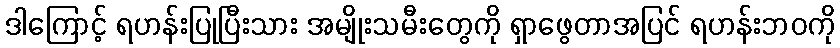
ဒါကြောင့် ရဟန်းပြုပြီးသား အမျိုးသမီးတွေကို ရှာဖွေတာအပြင် ရဟန်းဘဝကို